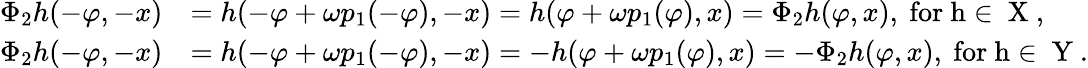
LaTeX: \begin{array}{rl}{\Phi_{2}h(-\varphi,-x)}&{=h(-\varphi+\omega p_{1}(-\varphi),-x)=h(\varphi+\omega p_{1}(\varphi),x)=\Phi_{2}h(\varphi,x),\mathrm{~for~h\in~X~,}}\\ {\Phi_{2}h(-\varphi,-x)}&{=h(-\varphi+\omega p_{1}(-\varphi),-x)=-h(\varphi+\omega p_{1}(\varphi),x)=-\Phi_{2}h(\varphi,x),\mathrm{~for~h\in~Y~}.}\end{array}